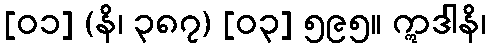
[၀၁] (နိ၊ ၃၈၇) [၀၃] ၅၉၅။ ဣဒါနိ၊